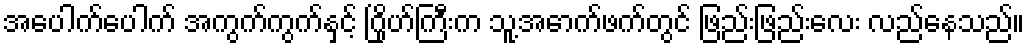
အပေါက်ပေါက် အကွက်ကွက်နှင့် ဂြိုဟ်ကြီးက သူ့အောက်ဖက်တွင် ဖြည်းဖြည်းလေး လည်နေသည်။